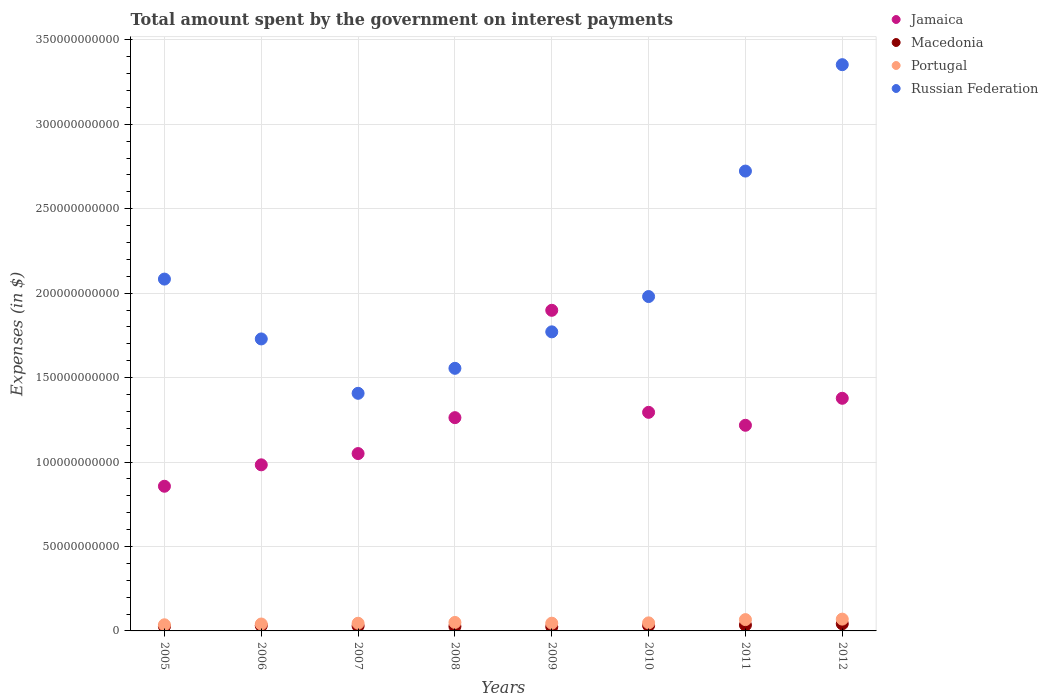
| Years | Jamaica | Macedonia | Portugal | Russian Federation |
 | --- | --- | --- | --- | --- |
 | 2005 | 8.57e+10 | 2.62e+09 | 3.63e+09 | 2.08e+11 |
 | 2006 | 9.84e+10 | 3.14e+09 | 4.1e+09 | 1.73e+11 |
 | 2007 | 1.05e+11 | 2.92e+09 | 4.54e+09 | 1.41e+11 |
 | 2008 | 1.26e+11 | 2.65e+09 | 5.02e+09 | 1.56e+11 |
 | 2009 | 1.9e+11 | 2.44e+09 | 4.58e+09 | 1.77e+11 |
 | 2010 | 1.29e+11 | 3.17e+09 | 4.77e+09 | 1.98e+11 |
 | 2011 | 1.22e+11 | 3.47e+09 | 6.69e+09 | 2.72e+11 |
 | 2012 | 1.38e+11 | 4.22e+09 | 6.98e+09 | 3.35e+11 |